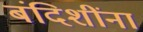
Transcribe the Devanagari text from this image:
बंदिशींना